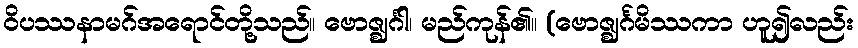
ဝိပဿနာမဂ်အရောင်တို့သည်။ ဗောဇ္ဈင်္ဂါ၊ မည်ကုန်၏။ (ဗောဇ္ဈင်္ဂမိဿကာ ဟူ၍လည်း